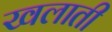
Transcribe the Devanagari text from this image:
खलाती